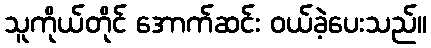
သူကိုယ်တိုင် အောက်ဆင်း ဝယ်ခဲ့ပေးသည်။